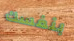
بنفسك